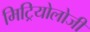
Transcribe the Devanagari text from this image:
मिट्रियोलोजी